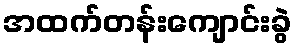
အထက်တန်းကျောင်းခွဲ